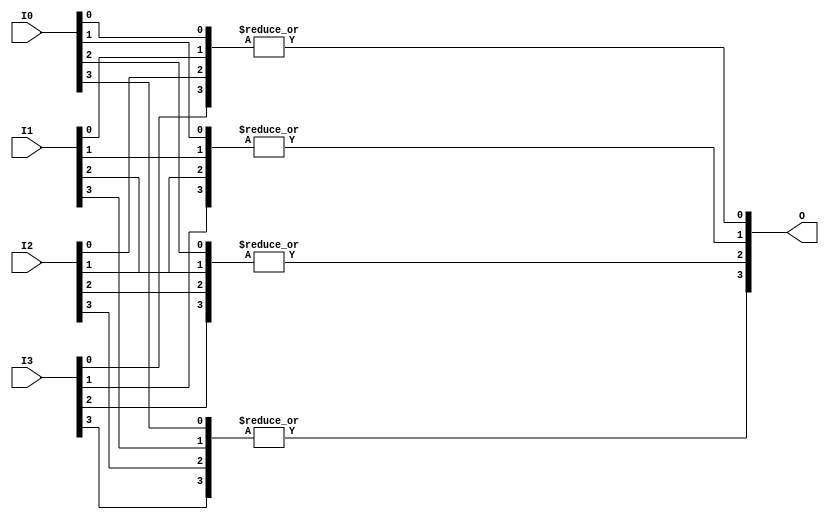
module Or4x4 (
    input [3:0] I0,
    input [3:0] I1,
    input [3:0] I2,
    input [3:0] I3,
    output [3:0] O
);
assign O = {| ({I3[3],I2[3],I1[3],I0[3]}),| ({I3[2],I2[2],I1[2],I0[2]}),| ({I3[1],I2[1],I1[1],I0[1]}),| ({I3[0],I2[0],I1[0],I0[0]})};
endmodule